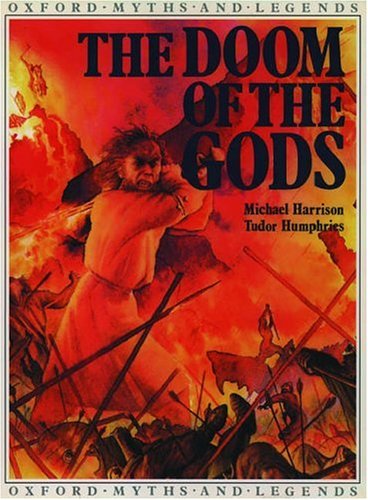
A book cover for Doom of the Gods (Oxford Myths and Legends); Michael Harrison; Children's Books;